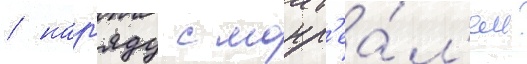
/ нар'яду с монр'еа́л'ем